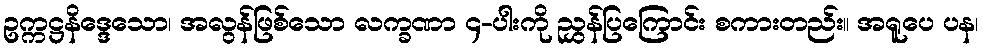
ဥက္ကဋ္ဌနိဒ္ဒေသော၊ အလွန်ဖြစ်သော လက္ခဏာ ၄-ပါးကို ညွှန်ပြကြောင်း စကားတည်း။ အရူပေ ပန၊